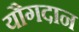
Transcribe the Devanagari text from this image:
यौगदान